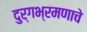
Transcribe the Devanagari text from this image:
दुर्गभ्रमणाचे